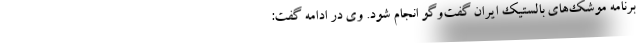
برنامه موشک‌های بالستیک ایران گفت‌وگو انجام شود. وی در ادامه گفت: